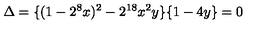
\Delta = \{ ( 1 - 2 ^ { 8 } x ) ^ { 2 } - 2 ^ { 1 8 } x ^ { 2 } y \} \{ 1 - 4 y \} = 0